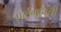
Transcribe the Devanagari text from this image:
गर्भगृहांची